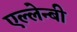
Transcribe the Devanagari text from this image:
एल्लेन्बी